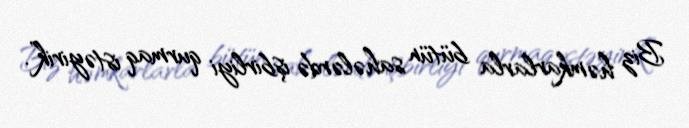
Biz həmkarlarla bütün sahələrdə işbirliyi qurmaq istəyirik”.